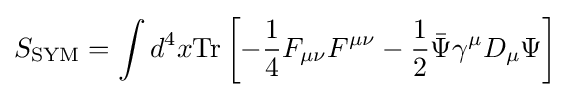
S_{\text{SYM}}=\int d^{4}x{\text{Tr}}\left[-{\frac {1}{4}}F_{\mu \nu }F^{\mu \nu }-{\frac {1}{2}}{\bar {\Psi }}\gamma ^{\mu }D_{\mu }\Psi \right]